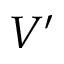
V ^ { \prime }